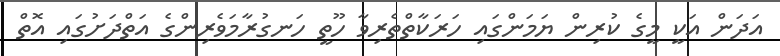
އަދަން އަކީ މީގެ ކުރިން ޔަމަންގައި ހަރަކާތްތެރިވާ ހޫތީ ހަނގުރާމަވެރިންގެ އަތްދަށުގައި އޮތް